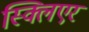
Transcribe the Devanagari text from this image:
स्क्लिएर